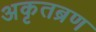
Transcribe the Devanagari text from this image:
अकृतब्रण